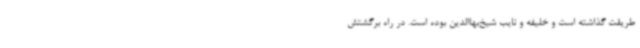
طریقت گذاشته است و خلیفه و نایب شیخ‌بهاالدین بوده است. در راه برگشتش